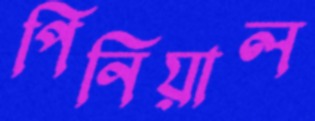
পিনিয়াল